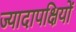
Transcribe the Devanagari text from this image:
ज्यादापक्षियों